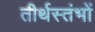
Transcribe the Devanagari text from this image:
तीर्थस्तंभों